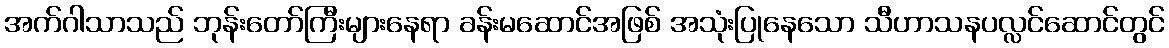
အက်ဂါသာသည် ဘုန်းတော်ကြီးများနေရာ ခန်းမဆောင်အဖြစ် အသုံးပြုနေသော သီဟာသနပလ္လင်ဆောင်တွင်